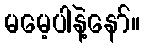
မမေ့ပါနဲ့နော်။